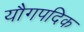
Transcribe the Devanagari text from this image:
यौगपदिक